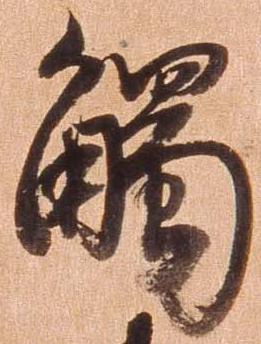
触